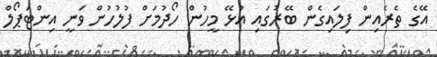
އޭގެ ތެރެއިން ފިލައިގެން ބޭރުގައި އުޅޭ މީހުން ހޯދުމަށް ފުލުހުން ވަނީ އިންޓަޕޯލް